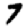
Digit: 7